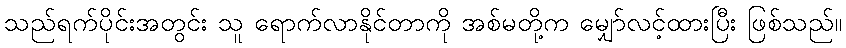
သည်ရက်ပိုင်းအတွင်း သူ ရောက်လာနိုင်တာကို အစ်မတို့က မျှော်လင့်ထားပြီး ဖြစ်သည်။